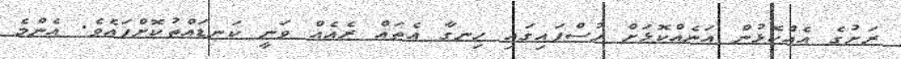
ރަށުގެ އެއްކޮޅުން އަނެއްކޮޅަށް ހުސްފައިގައި ހިނގާ އެތައް ރެއެއް ވަނީ ކަނޑައްތުކޮށްފައެވެ. އެންމެ